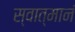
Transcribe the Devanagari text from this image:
स्वात्मानं